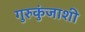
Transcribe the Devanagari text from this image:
गुरुकुंजाशी